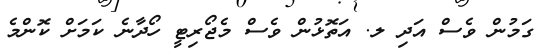
ގަމުން ވެސް އަދި ލ. އަތޮޅުން ވެސް މެޖޯރިޓީ ހޯދާނެ ކަމަށް ކޮންމެ